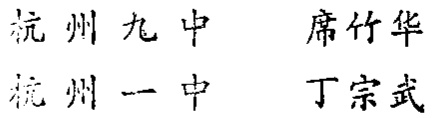
杭州九中 席竹华
杭州一中 丁宗武